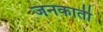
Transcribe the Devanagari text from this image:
जनकाती